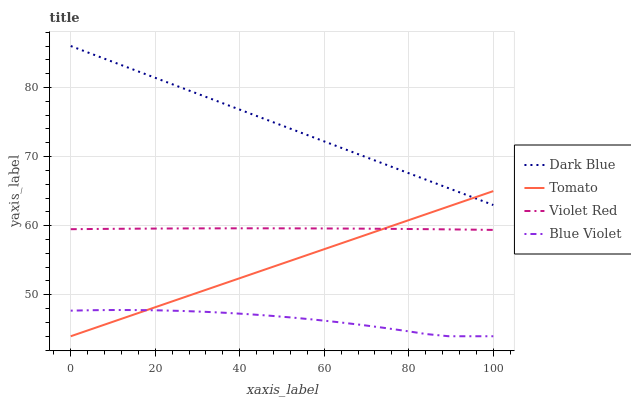
| xaxis_label | Dark Blue | Tomato | Violet Red | Blue Violet |
 | --- | --- | --- | --- | --- |
 | 0 | 86 | 44 | 59.5 | 47.7 |
 | 5.26 | 84.8 | 45.1 | 59.5 | 47.8 |
 | 10.5 | 83.6 | 46.2 | 59.5 | 47.8 |
 | 15.8 | 82.4 | 47.3 | 59.6 | 47.8 |
 | 21.1 | 81.2 | 48.4 | 59.6 | 47.7 |
 | 26.3 | 79.9 | 49.5 | 59.6 | 47.7 |
 | 31.6 | 78.7 | 50.6 | 59.6 | 47.5 |
 | 36.8 | 77.5 | 51.7 | 59.6 | 47.4 |
 | 42.1 | 76.3 | 52.8 | 59.6 | 47.2 |
 | 47.4 | 75.1 | 53.9 | 59.6 | 47 |
 | 52.6 | 73.9 | 55.1 | 59.6 | 46.7 |
 | 57.9 | 72.7 | 56.2 | 59.6 | 46.4 |
 | 63.2 | 71.5 | 57.3 | 59.6 | 46 |
 | 68.4 | 70.3 | 58.4 | 59.6 | 45.7 |
 | 73.7 | 69 | 59.5 | 59.6 | 45.3 |
 | 78.9 | 67.8 | 60.6 | 59.5 | 44.8 |
 | 84.2 | 66.6 | 61.7 | 59.5 | 44.3 |
 | 89.5 | 65.4 | 62.8 | 59.5 | 44 |
 | 94.7 | 64.2 | 63.9 | 59.4 | 44 |
 | 100 | 63 | 65 | 59.4 | 44 |